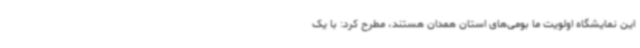
این نمایشگاه اولویت ما بومی‌های استان همدان هستند، مطرح کرد: با یک